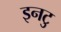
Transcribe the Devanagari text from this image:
इनटु